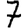
Digit: 7